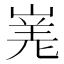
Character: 𭖾